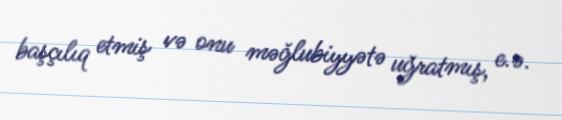
başçılıq etmiş və onu məğlubiyyətə uğratmış, e.ə.